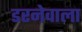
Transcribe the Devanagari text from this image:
डरनेवाला